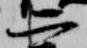
二